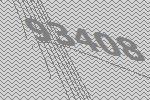
93408